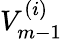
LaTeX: V_{m-1}^{(i)}